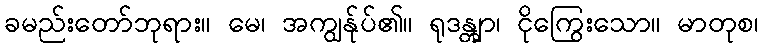
ခမည်းတော်ဘုရား။ မေ၊ အကျွန်ုပ်၏။ ရုဒန္တျာ၊ ငိုကြွေးသော။ မာတုစ၊